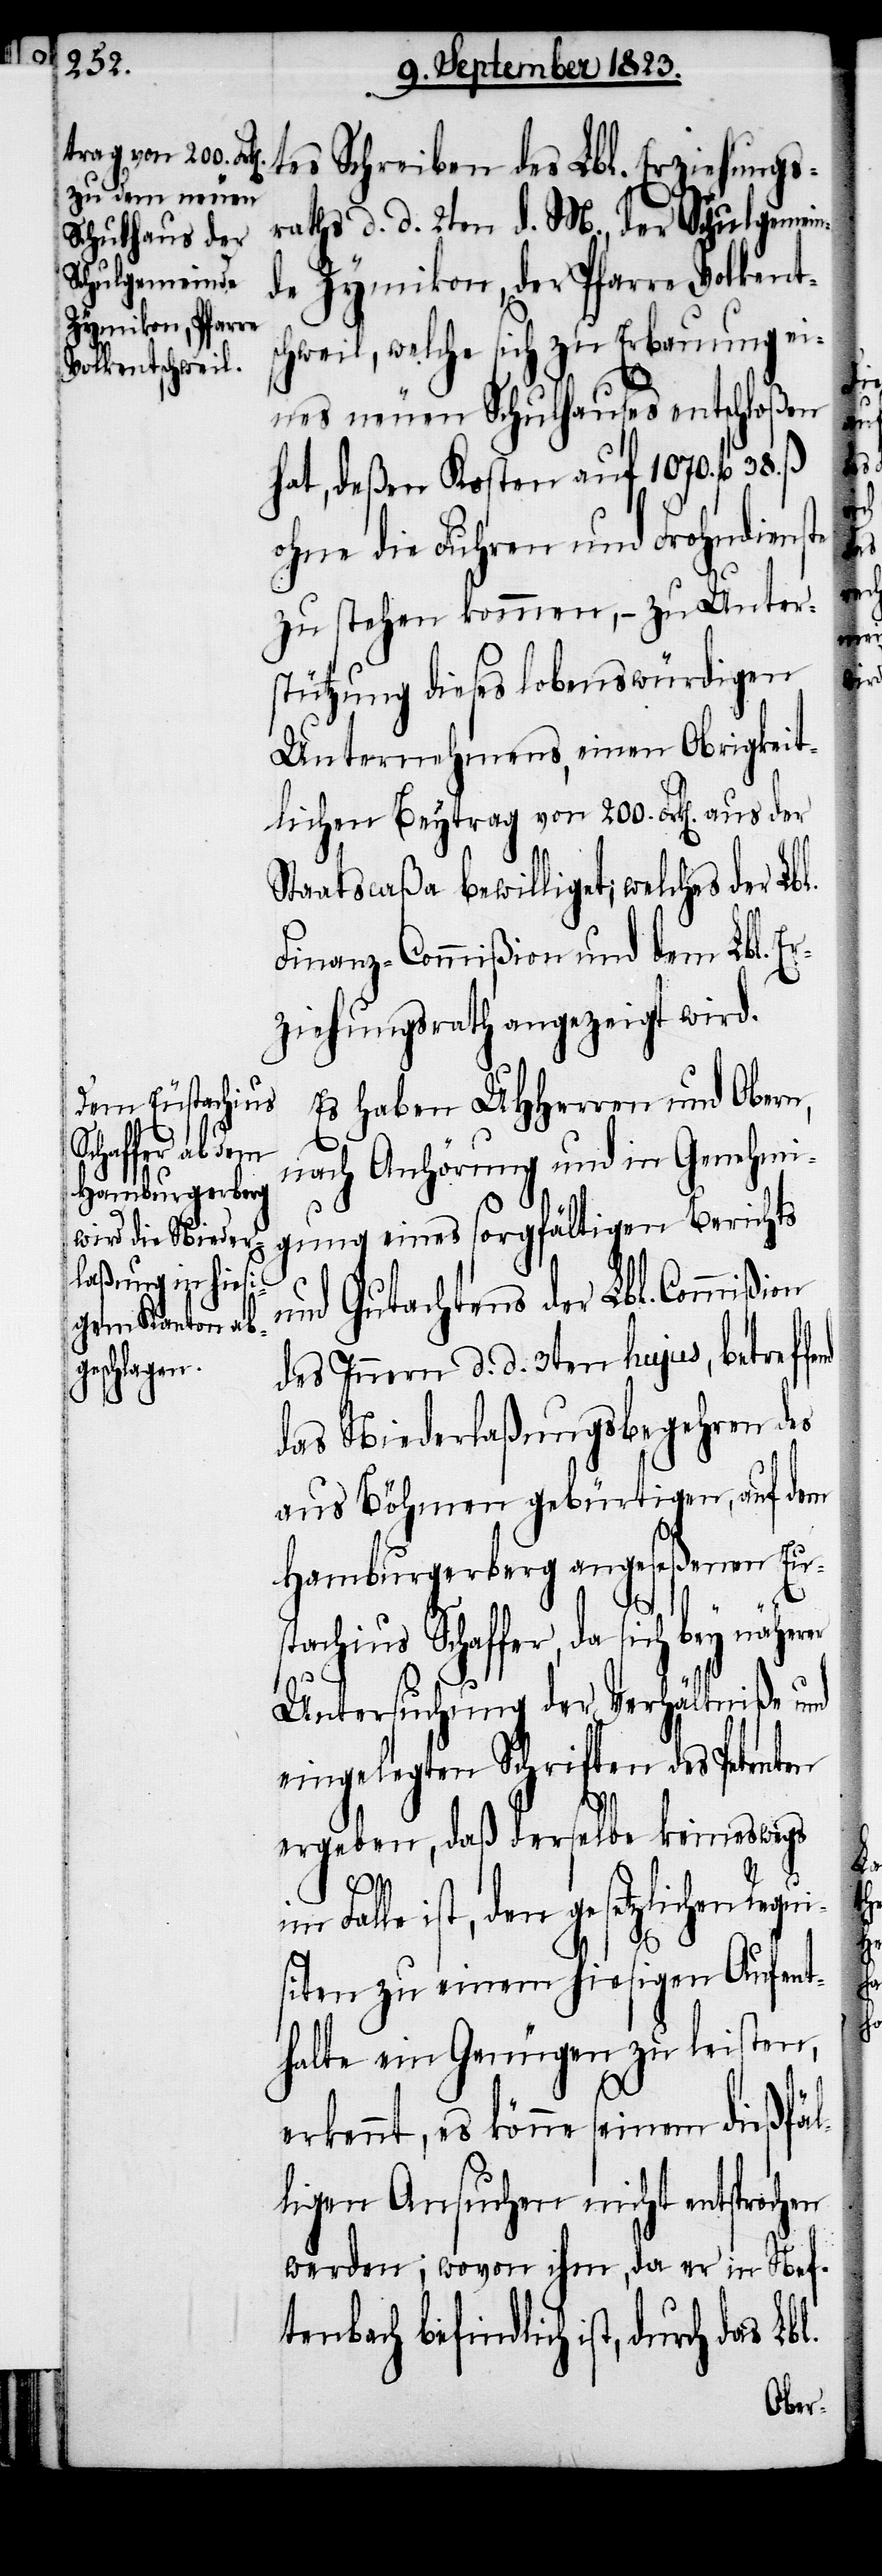
tes Schreiben des Lbl. Erziehungs¬
raths d. d. 2ten d. M., der Schulgemein¬
de Zymikon, der Pfarre Volkents¬
chweil, welche sich zu Erbauung ei¬
nes neuen Schulhauses entschloßen
hat, deßen Kosten auf 1070. fl 38.
ohne die Fuhren und Frohndienste
zu stehen kommen, − zu Unter¬
stützung dieses lobenswürdigen
Unternehmens, einen Obrigkeit¬
lichen Beytrag von 200. Frk[en]. aus
Staatscaßa bewilliget; welches der Lb¬
Finanz-Commißion und dem Lbl. Er¬
ziehungsrath angezeigt wird.
Es haben UHHerren und Obern,
Schaffer, da
nach Anhörung und in Genehmi¬
gung eines sorgfältigen Berichts
und Gutachtens der Lbl. Commißion
des Innern d. d. 3ten hujus, betreff¬
das Niederlaßungsbegehren des
aus Böhmen gebürtigen, auf dem
Hamburgerberg angeseßenen Eus¬
Untersuchung der Verhältniße und
eingelegten Schriften des Petenten
ergeben, daß derselbe keineswegs
l.
im Falle ist, den gesetzlichen Requi¬
siten zu einem hiesigen Aufent¬
halte ein Genügen zu leisten,
erkennt, es könne seinem dießfäl¬
ligen Ansuchen nicht entsprochen
werden; wovon ihm, da er in Nef¬
tenbach befindlich ist, durch das

Lbl.